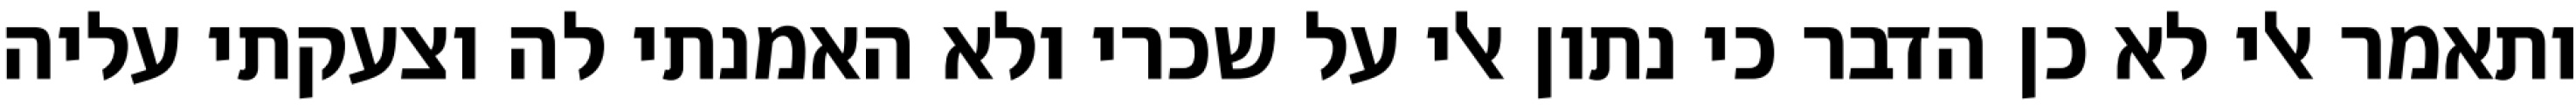
ותאמר אלי לא כן הדבר כי נתון אלי על שכרי ולא האמנתי לה וצעקתי עליה